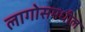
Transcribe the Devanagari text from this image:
लागोसमधील